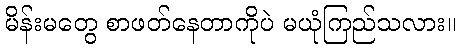
မိန်းမတွေ စာဖတ်နေတာကိုပဲ မယုံကြည်သလား။